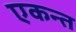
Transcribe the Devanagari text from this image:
एकन्त